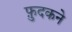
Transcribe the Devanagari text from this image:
फ़ुदकने